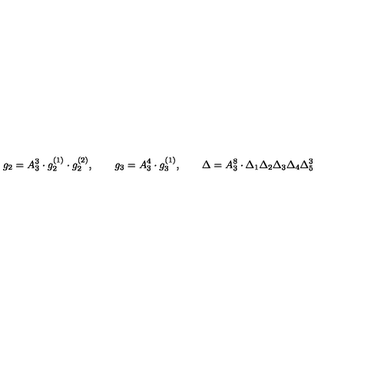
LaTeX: g _ { 2 } = A _ { 3 } ^ { 3 } \cdot g _ { 2 } ^ { ( 1 ) } \cdot g _ { 2 } ^ { ( 2 ) } , \qquad g _ { 3 } = A _ { 3 } ^ { 4 } \cdot g _ { 3 } ^ { ( 1 ) } , \qquad \Delta = A _ { 3 } ^ { 8 } \cdot \Delta _ { 1 } \Delta _ { 2 } \Delta _ { 3 } \Delta _ { 4 } \Delta _ { 5 } ^ { 3 }